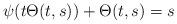
LaTeX: \begin{align*}\psi(t\Theta(t,s))+\Theta(t,s)=s\end{align*}